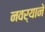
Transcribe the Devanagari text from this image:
नवर्‍याने